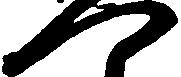
つ